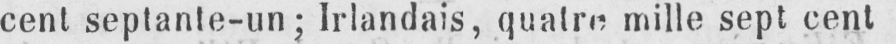
mille sept cent